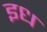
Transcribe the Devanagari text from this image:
इध